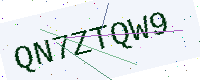
Text: QN7ZTQW9